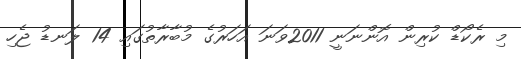
މި ރެކޯޑް ކުރިން އޮންނަނީ 2011ވަނަ އަހަރުގެ މުބާރާތުގައި 14 ލަނޑު ޖެހި